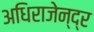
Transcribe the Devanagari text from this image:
अधिराजेन्द्र